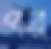
পর